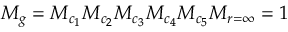
M _ { g } = M _ { c _ { 1 } } M _ { c _ { 2 } } M _ { c _ { 3 } } M _ { c _ { 4 } } M _ { c _ { 5 } } M _ { r = \infty } = 1